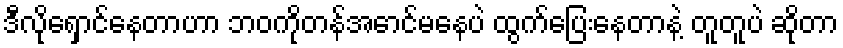
ဒီလိုရှောင်နေတာဟာ ဘဝကိုတန်အောင်မနေပဲ ထွက်ပြေးနေတာနဲ့ တူတူပဲ ဆိုတာ